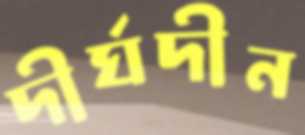
দীর্ঘদীন